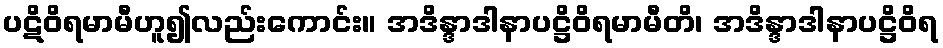
ပဋိဝိရမာမီဟူ၍လည်းကောင်း။ အဒိန္ဒာဒါနာပဋ္ဌိဝိရမာမီတိ၊ အဒိန္ဒာဒါနာပဋ္ဌိဝိရ